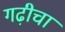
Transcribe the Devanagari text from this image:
गढ़ीचा